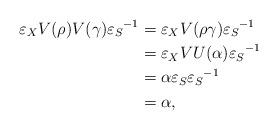
LaTeX: \begin{align*}\varepsilon_X V(\rho)V(\gamma){\varepsilon_S}^{-1} & = \varepsilon_X V(\rho\gamma){\varepsilon_S}^{-1} \\& = \varepsilon_X VU(\alpha){\varepsilon_S}^{-1} \\& = \alpha \varepsilon_S{\varepsilon_S}^{-1} \\& = \alpha,\end{align*}